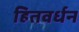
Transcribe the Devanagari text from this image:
हितवर्धन